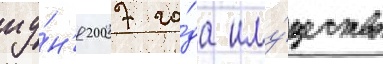
иу́н'я 2007 го́да иму́щество